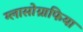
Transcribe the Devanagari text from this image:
ग्लासोग्राफिया